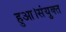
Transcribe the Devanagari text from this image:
हुआ।संयुक्त